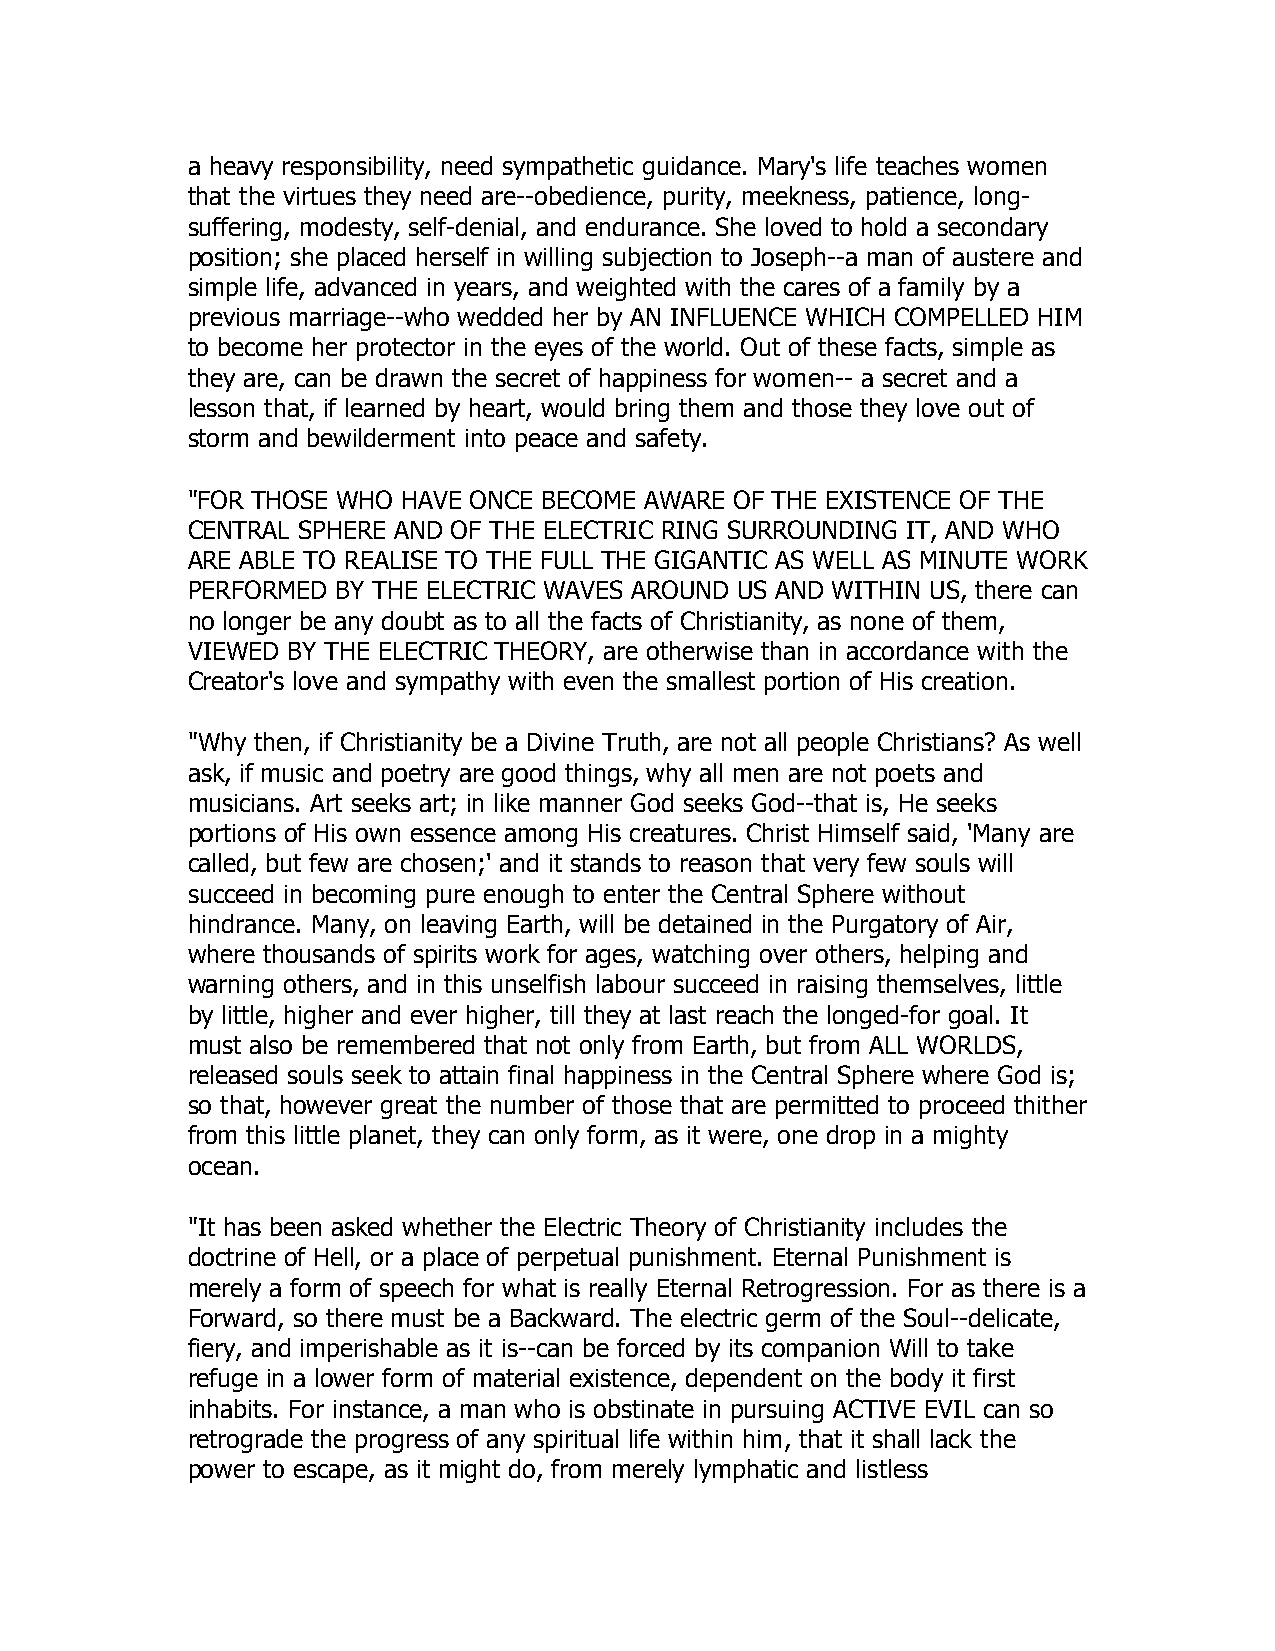
a heavy responsibility, need sympathetic guidance. Mary's life teaches women
 that the virtues they need are--obedience, purity, meekness, patience, long-
 suffering, modesty, self-denial, and endurance. She loved to hold a secondary
 position; she placed herself in willing subjection to Joseph--a man of austere and
 simple life, advanced in years, and weighted with the cares of a family by a
 previous marriage--who wedded her by AN INFLUENCE WHICH COMPELLED HIM
 to become her protector in the eyes of the world. Out of these facts, simple as
 they are, can be drawn the secret of happiness for women-- a secret and a
 lesson that, if learned by heart, would bring them and those they love out of
 storm and bewilderment into peace and safety.
 "FOR THOSE WHO HAVE ONCE BECOME AWARE OF THE EXISTENCE OF THE
 CENTRAL SPHERE AND OF THE ELECTRIC RING SURROUNDING IT, AND WHO
 ARE ABLE TO REALISE TO THE FULL THE GIGANTIC AS WELL AS MINUTE WORK
 PERFORMED BY THE ELECTRIC WAVES AROUND US AND WITHIN US, there can
 no longer be any doubt as to all the facts of Christianity, as none of them,
 VIEWED BY THE ELECTRIC THEORY, are otherwise than in accordance with the
 Creator's love and sympathy with even the smallest portion of His creation.
 "Why then, if Christianity be a Divine Truth, are not all people Christians? As well
 ask, if music and poetry are good things, why all men are not poets and
 musicians. Art seeks art; in like manner God seeks God--that is, He seeks
 portions of His own essence among His creatures. Christ Himself said, 'Many are
 called, but few are chosen;' and it stands to reason that very few souls will
 succeed in becoming pure enough to enter the Central Sphere without
 hindrance. Many, on leaving Earth, will be detained in the Purgatory of Air,
 where thousands of spirits work for ages, watching over others, helping and
 warning others, and in this unselfish labour succeed in raising themselves, little
 by little, higher and ever higher, till they at last reach the longed-for goal. It
 must also be remembered that not only from Earth, but from ALL WORLDS,
 released souls seek to attain final happiness in the Central Sphere where God is;
 so that, however great the number of those that are permitted to proceed thither
 from this little planet, they can only form, as it were, one drop in a mighty
 ocean.
 "It has been asked whether the Electric Theory of Christianity includes the
 doctrine of Hell, or a place of perpetual punishment. Eternal Punishment is
 merely a form of speech for what is really Eternal Retrogression. For as there is a
 Forward, so there must be a Backward. The electric germ of the Soul--delicate,
 fiery, and imperishable as it is--can be forced by its companion Will to take
 refuge in a lower form of material existence, dependent on the body it first
 inhabits. For instance, a man who is obstinate in pursuing ACTIVE EVIL can so
 retrograde the progress of any spiritual life within him, that it shall lack the
 power to escape, as it might do, from merely lymphatic and listless